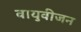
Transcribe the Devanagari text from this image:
वायुवीजन